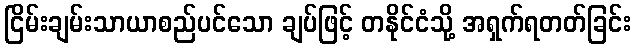
ငြိမ်းချမ်းသာယာစည်ပင်သော ချပ်ဖြင့် တနိုင်ငံသို့ အရှက်ရတတ်ခြင်း